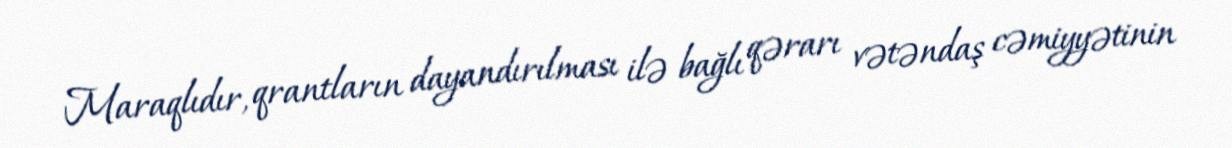
Maraqlıdır, qrantların dayandırılması ilə bağlı qərarı vətəndaş cəmiyyətinin